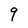
Character: 9